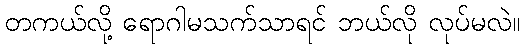
တကယ်လို့ ရောဂါမသက်သာရင် ဘယ်လို လုပ်မလဲ။